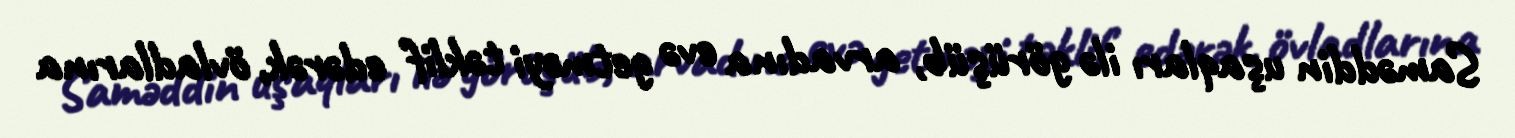
Saməddin uşaqları ilə görüşüb, arvadına evə getməyi təklif edərək, övladlarına